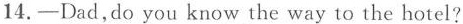
14. ——Dad,do you know the way to the hotel?